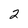
Character: 2